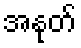
အနုတ်